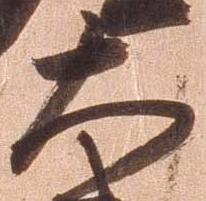
大